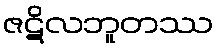
ဇဋိလဘူတဿ